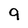
Character: 9